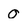
Character: 0